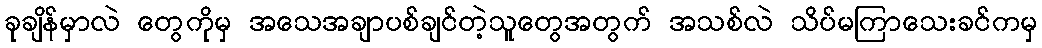
ခုချိန်မှာလဲ တွေကိုမှ အသေအချာပစ်ချင်တဲ့သူတွေအတွက် အသစ်လဲ သိပ်မကြာသေးခင်ကမှ